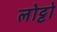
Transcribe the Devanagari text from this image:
लोट्टो